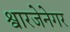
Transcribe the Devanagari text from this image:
श्वारजेनेगर